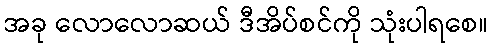
အခု လောလောဆယ် ဒီအိပ်စင်ကို သုံးပါရစေ။